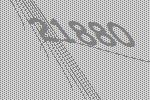
21880